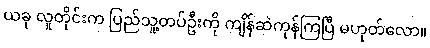
ယခု လူတိုင်းက ပြည်သူ့တပ်ဦးကို ကျိန်ဆဲကုန်ကြပြီ မဟုတ်လော။